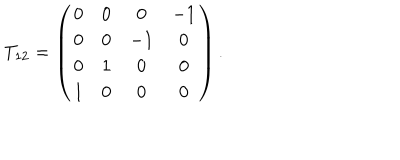
T _ { 1 2 } = \left( \begin{array} { c c c c } { { 0 } } & { { 0 } } & { { 0 } } & { { - 1 } } \\ { { 0 } } & { { 0 } } & { { - 1 } } & { { 0 } } \\ { { 0 } } & { { 1 } } & { { 0 } } & { { 0 } } \\ { { 1 } } & { { 0 } } & { { 0 } } & { { 0 } } \\ \end{array} \right) .